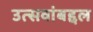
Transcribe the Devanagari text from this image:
उत्सवांबद्दल